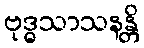
ဗုဒ္ဓသာသနန္တိ